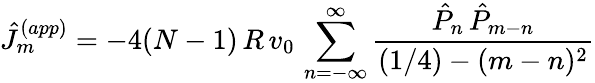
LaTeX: \hat{J}_{m}^{(app)}=-4(N-1)\, R\, v_{0}\, \sum_{n=-\infty}^{\infty}{\frac{\hat{P}_{n}\, \hat{P}_{m-n}}{(1/4)-(m-n)^{2}}}